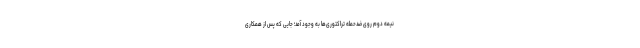
نیمه دوم روی ضدحمله تراکتوری‌ها به وجود آمد؛ جایی که پس از همکاری